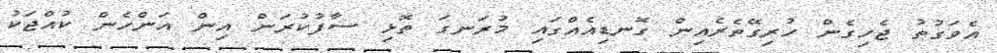
އެވަގުތު ޖެހިގެން ހުރިގޭތެރެއިން ގޮނޑިއެއްގައި މުރަނގަ ތޮޅި ސާފުކުރަން އިން އަންހެން ކުއްޖަކު